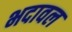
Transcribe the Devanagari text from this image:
भदावल